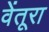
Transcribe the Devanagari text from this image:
वेंतूरा